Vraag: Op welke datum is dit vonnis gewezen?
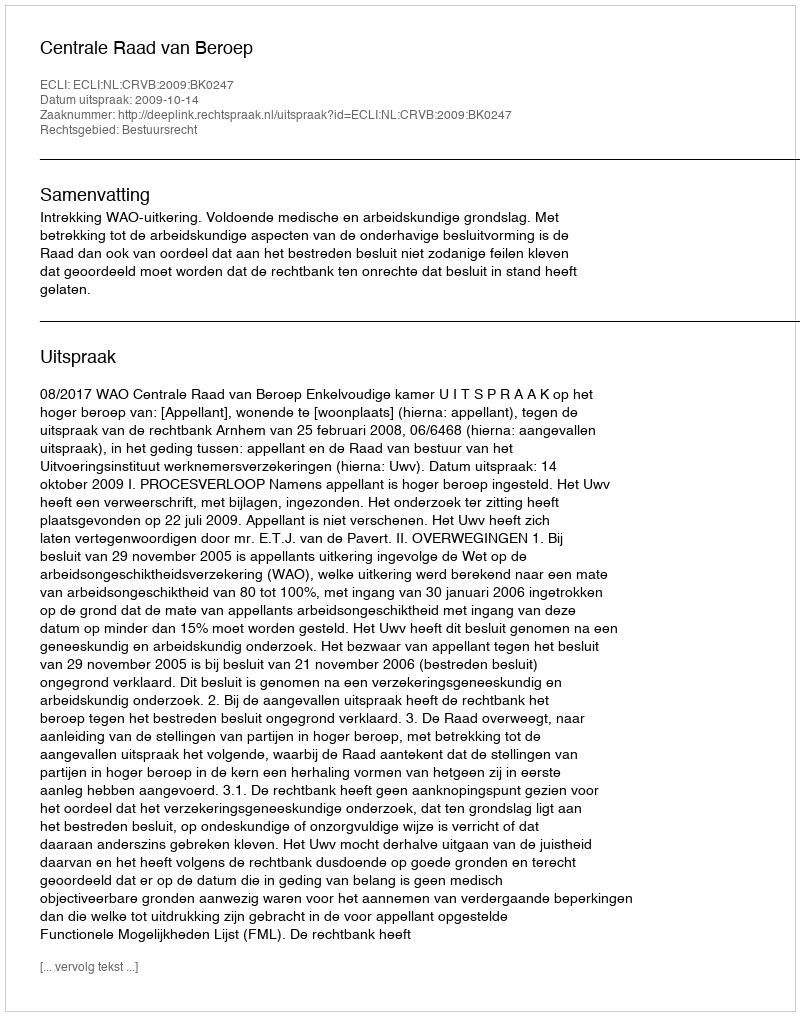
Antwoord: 2009-10-14